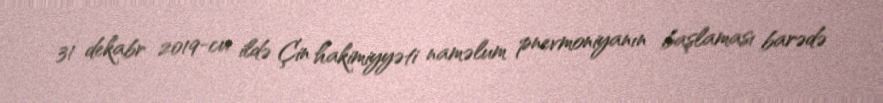
31 dekabr 2019-cu ildə Çin hakimiyyəti naməlum pnevmoniyanın başlaması barədə